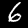
Label: 6